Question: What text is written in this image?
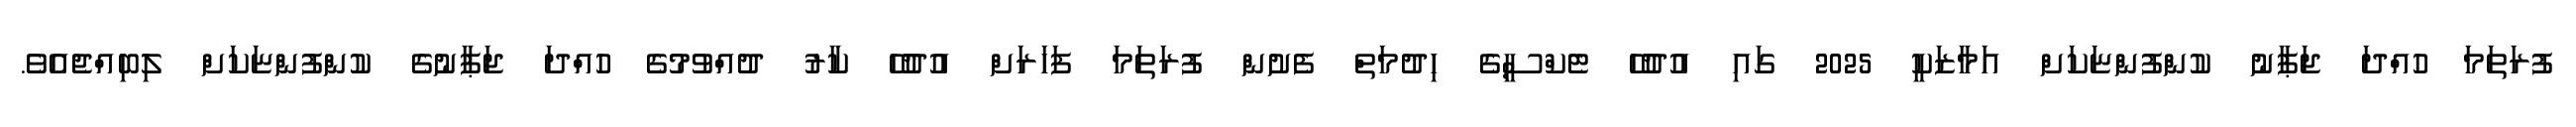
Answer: ފުރަތަމަ ހުއްދަ ޖަޕާނު ކުންފުންޏަކަށް އަމާޒަކީ 2025 ގައި އުދުހޭ ޓެކްސީގެ ހިދުމަތް ފެށުން ފުރަތަމަ ފަހަރަށް އުދުހޭ ކާރު ދުއްވުމުގެ ހުއްދަ ޖަޕާނުގެ ކުންފުންޏަކަށް ލިބިއްޖެއެވެ.